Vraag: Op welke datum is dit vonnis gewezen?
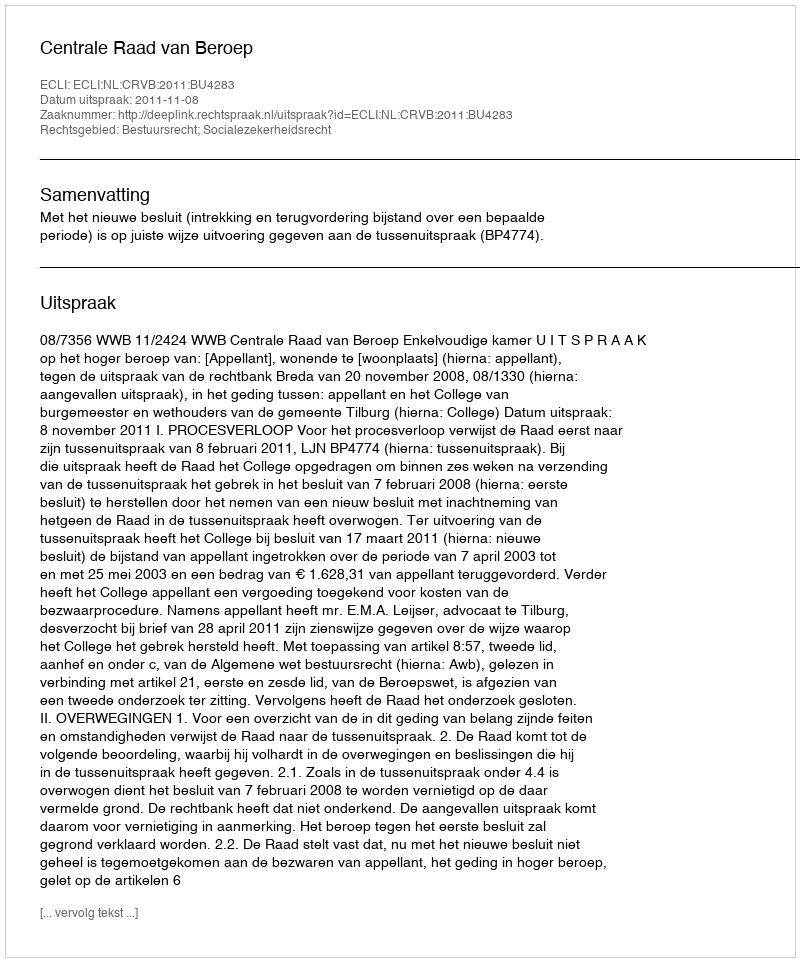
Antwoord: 2011-11-08